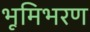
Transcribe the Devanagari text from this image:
भूमिभरण